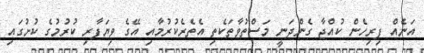
އަނެއް ފިރިހެން ކުއްޖާ ގެންދަނީ މަސްތުވާތަކެތި އެތެރެކުރުމާއި އޭގެ ވިޔަފާރި ކުރުމުގެ ކުށުގައި